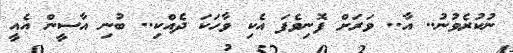
ނުކުރެވުނު.. އާ.. ވަރަށް ފޮނިވެފަ އެކި ވާހަކަ ދެއްކި.. ބުނި އާސީން އެއީ